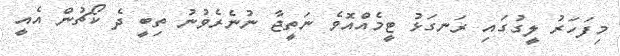
މިފަހަރު ލީގުގައި ރަނގަޅު ޓީމެއްއޮވެ ނަތީޖާ ނުނެރެވުނު ތިބީ ދެ ކޯޗުން އެއީ